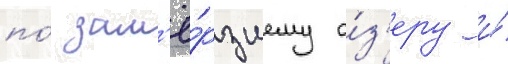
по́ зам'ё́рзшему о́з'еру и́